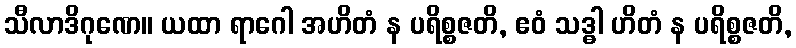
သီလာဒိဂုဏေ။ ယထာ ရာဂေါ အဟိတံ န ပရိစ္စဇတိ, ဧဝံ သဒ္ဓါ ဟိတံ န ပရိစ္စဇတိ,